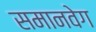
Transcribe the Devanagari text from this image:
समानवेग